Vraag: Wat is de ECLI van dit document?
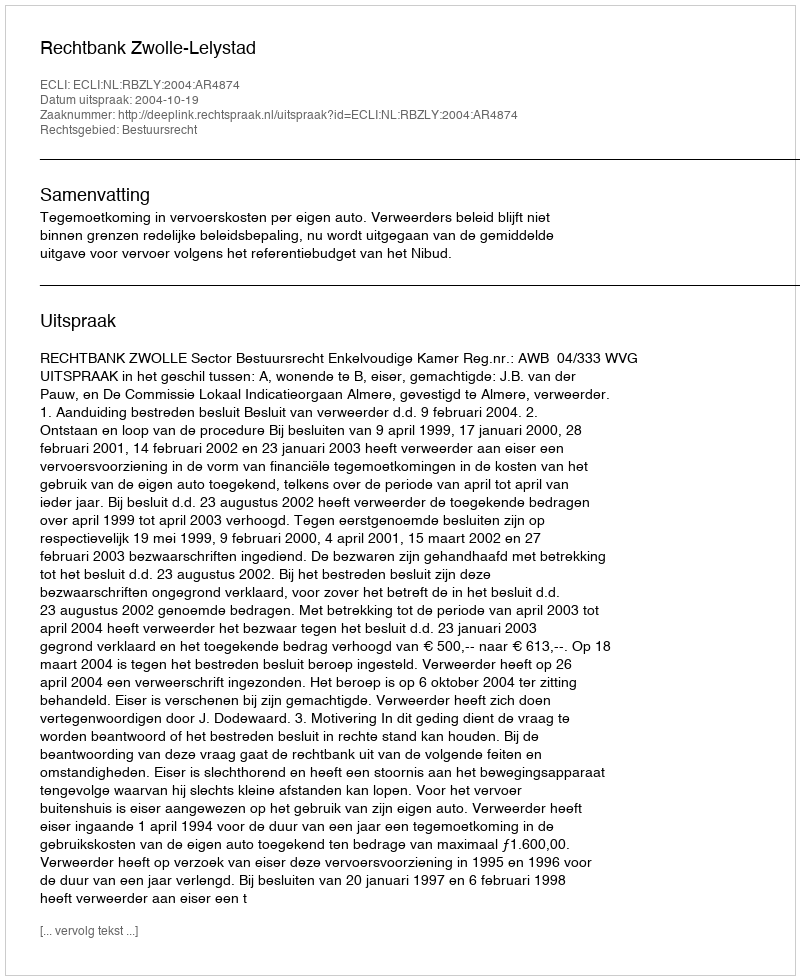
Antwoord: ECLI:NL:RBZLY:2004:AR4874